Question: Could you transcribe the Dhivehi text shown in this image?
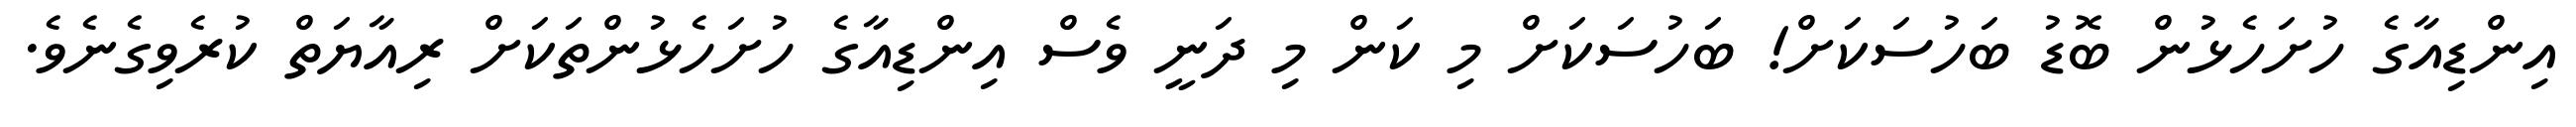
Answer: އިންޑިއާގެ ހުށަހެޅުން ބޮޑު ބަހުސަކަށް! ބަހުސަކަށް މި ކަން މި ދަނީ ވެސް އިންޑިއާގެ ހުށަހެޅުންތަކަށް ރިއާޔަތް ކުރެވިގެނެވެ.